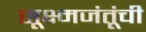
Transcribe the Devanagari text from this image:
सूक्ष्मजंतूंची